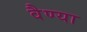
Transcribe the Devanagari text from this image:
वैण्या